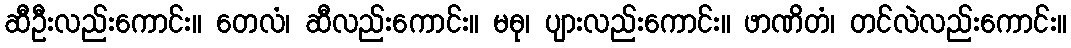
ဆီဦးလည်းကောင်း။ တေလံ၊ ဆီလည်းကောင်း။ မဓု၊ ပျားလည်းကောင်း။ ဖာဏိတံ၊ တင်လဲလည်းကောင်း။